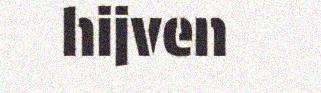
hijven